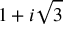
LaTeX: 1 + i { \sqrt { 3 } }